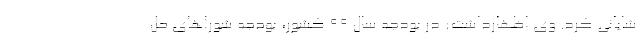
شایانی کرد. وی اظهارداشت: در بودجه سال ۹۹ کشور، بودجه شوراهای حل